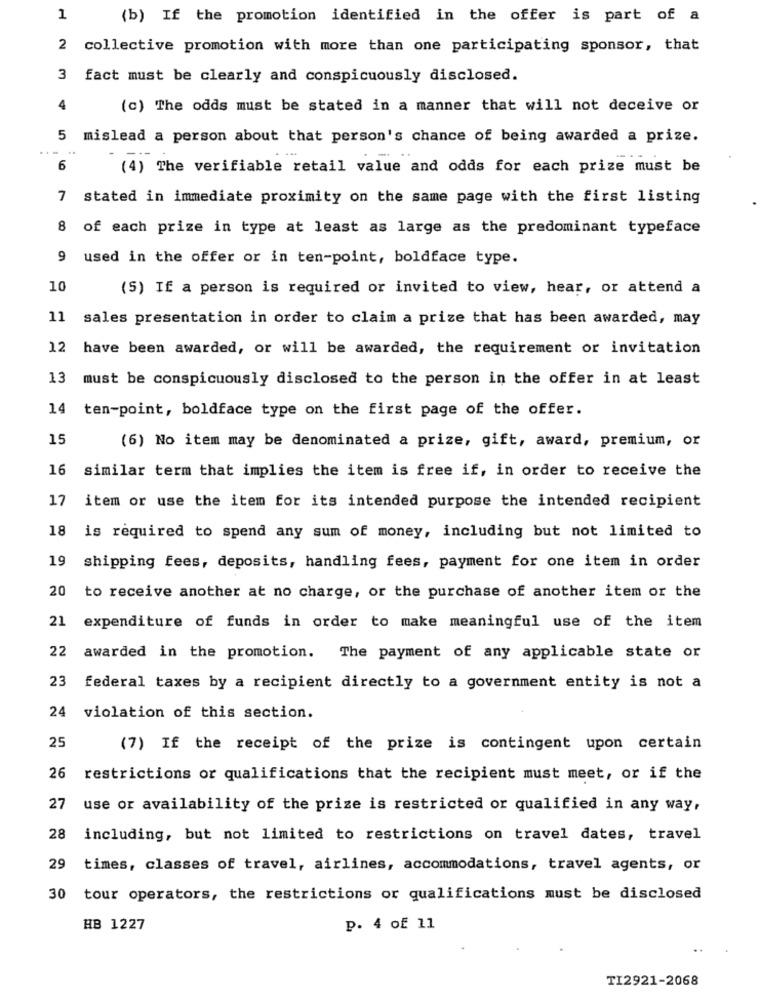
1
(b) If the promotion identified in the offer is part of a
2
collective promotion with more than one participating sponsor, that
3 fact must be clearly and conspicuously disclosed.
4
(c) The odds must be stated in a manner that will not deceive or
5
mislead a person about that person's chance of being awarded a prize.
6
(4) The verifiable retail value and odds for each prize must be
7
stated in immediate proximity on the same page with the first listing
8 of each prize in type at least as large as the predominant typeface
9
used in the offer or in ten-point, boldface type.
10
(5) If a person is required or invited to view, hear, or attend a
11
sales presentation in order to claim a prize that has been awarded, may
12
have been awarded, or will be awarded, the requirement or invitation
13
must be conspicuously disclosed to the person in the offer in at least
14
ten-point, boldface type on the first page of the offer.
15
(6) No item may be denominated a prize, gift, award, premium, or
16 similar term that implies the item is free if, in order to receive the
17
item or use the item for its intended purpose the intended recipient
18
is required to spend any sum of money, including but not limited to
19
shipping fees, deposits, handling fees, payment for one item in order
20
to receive another at no charge, or the purchase of another item or the
21 expenditure of funds in order to make meaningful use of the item
22
awarded in the promotion. The payment of any applicable state or
23
federal taxes by a recipient directly to a government entity is not a
24 violation of this section.
25
(7) If the receipt of the prize is contingent upon certain
26
restrictions or qualifications that the recipient must meet, or if the
27
use or availability of the prize is restricted or qualified in any way,
28
including, but not limited to restrictions on travel dates, travel
29
times, classes of travel, airlines, accommodations, travel agents, or
30
tour operators, the restrictions or qualifications must be disclosed
HB 1227
P. 4 of 11
TI2921-2068